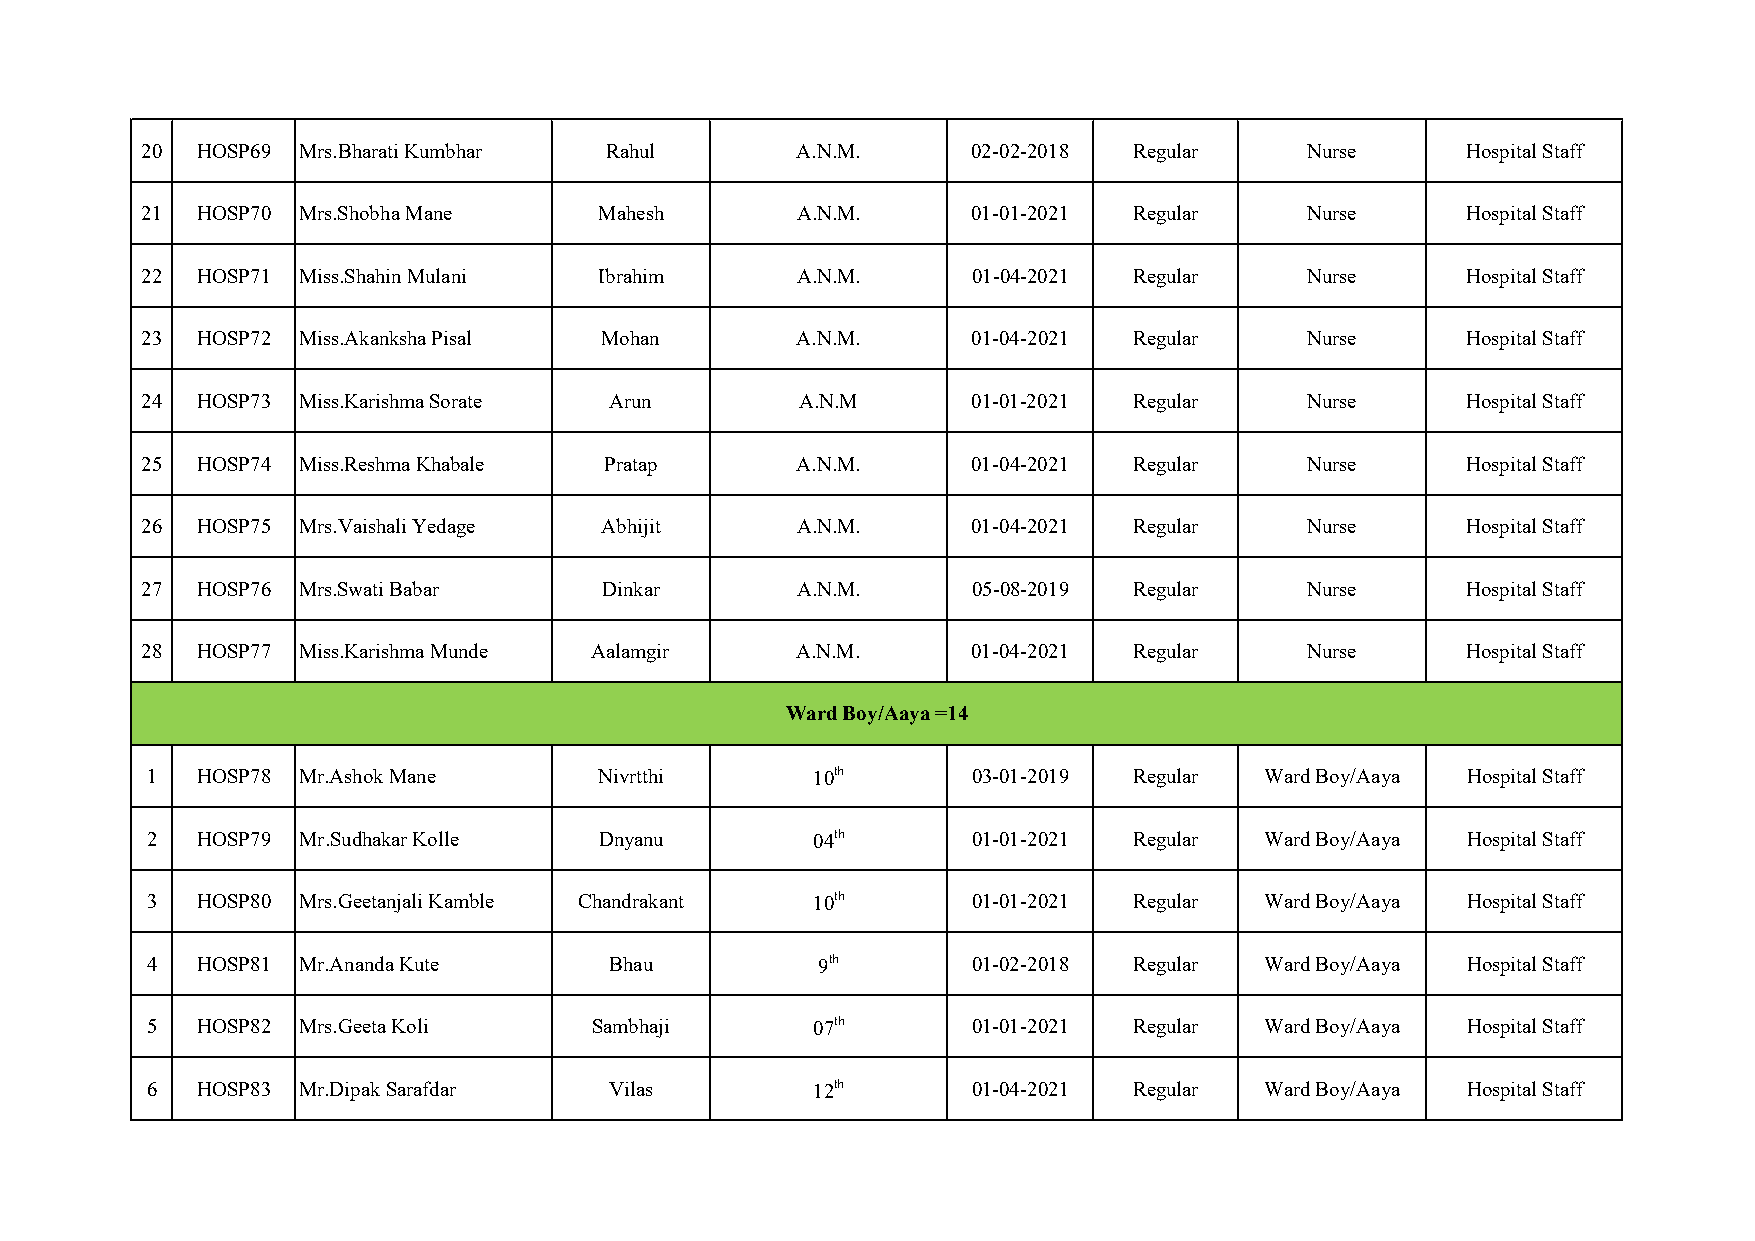
20  HOSP69 Mrs.Bharati Kumbhar Rahul        A.N.M.     02-02-2018 Regular     Nurse     Hospital Staff
 21  HOSP70 Mrs.Shobha Mane     Mahesh       A.N.M.     01-01-2021 Regular     Nurse     Hospital Staff
 22  HOSP71 Miss.Shahin Mulani  Ibrahim      A.N.M.     01-04-2021 Regular     Nurse     Hospital Staff
 23  HOSP72 Miss.Akanksha Pisal Mohan        A.N.M.     01-04-2021 Regular     Nurse     Hospital Staff
 24  HOSP73 Miss.Karishma Sorate Arun        A.N.M      01-01-2021 Regular     Nurse     Hospital Staff
 25  HOSP74 Miss.Reshma Khabale Pratap       A.N.M.     01-04-2021 Regular     Nurse     Hospital Staff
 26  HOSP75 Mrs.Vaishali Yedage Abhijit      A.N.M.     01-04-2021 Regular     Nurse     Hospital Staff
 27  HOSP76 Mrs.Swati Babar     Dinkar       A.N.M.     05-08-2019 Regular     Nurse     Hospital Staff
 28  HOSP77 Miss.Karishma Munde Aalamgir     A.N.M.     01-04-2021 Regular     Nurse     Hospital Staff
 Ward Boy/Aaya =14
 1  HOSP78 Mr.Ashok Mane       Nivrtthi      10th      03-01-2019 Regular  Ward Boy/Aaya Hospital Staff
 2  HOSP79 Mr.Sudhakar Kolle   Dnyanu        04th      01-01-2021 Regular  Ward Boy/Aaya Hospital Staff
 3  HOSP80 Mrs.Geetanjali Kamble Chandrakant 10th      01-01-2021 Regular  Ward Boy/Aaya Hospital Staff
 4  HOSP81 Mr.Ananda Kute      Bhau          9th       01-02-2018 Regular  Ward Boy/Aaya Hospital Staff
 5  HOSP82 Mrs.Geeta Koli     Sambhaji       07th      01-01-2021 Regular  Ward Boy/Aaya Hospital Staff
 6  HOSP83 Mr.Dipak Sarafdar   Vilas         12th      01-04-2021 Regular  Ward Boy/Aaya Hospital Staff